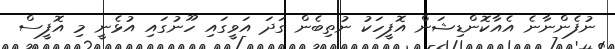
ނުފެންނާނެ އެއާކޮންޑިޝަން އޮފީހަކު ނުތިބެން ގަދަ އަވީގައި ހޫނުގައި އުޅެނީ މި އޮފީސް